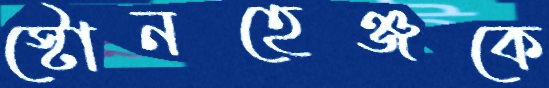
স্টোনহেঞ্জকে